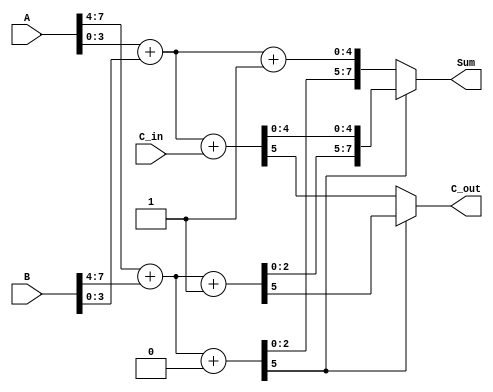
module carry_select_adder (
    input  [7:0] A,       // 8-bit input A
    input  [7:0] B,       // 8-bit input B
    input        C_in,     // Carry input
    output [7:0] Sum,      // 8-bit sum output
    output       C_out      // Carry output
);

    // Intermediate sums and carry outputs
    wire [4:0] S0, S1; // Sums for higher-order block
    wire [4:0] S2, S3; // Sums for lower-order block
    wire C_out_high_0, C_out_high_1; // Carry out for higher-order block
    wire C_out_low_0, C_out_low_1;   // Carry out for lower-order block

    // Higher-order block (A[7:4] + B[7:4])
    assign {C_out_high_0, S0} = A[7:4] + B[7:4] + 0; // Assume C_in = 0
    assign {C_out_high_1, S1} = A[7:4] + B[7:4] + 1; // Assume C_in = 1

    // Lower-order block (A[3:0] + B[3:0] + C_in)
    assign {C_out_low_0, S2} = A[3:0] + B[3:0] + C_in; // For C_in = 0
    assign {C_out_low_1, S3} = A[3:0] + B[3:0] + (C_in | 1'b1); // For C_in = 1

    // Select the appropriate sum based on the carry-out from the higher-order block
    assign Sum = (C_out_high_0) ? {S1[3:0], S2} : {S0[3:0], S3};
    assign C_out = (C_out_high_0) ? C_out_high_1 : C_out_low_0;

endmodule